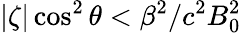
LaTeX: |\zeta|\cos^{2}\theta<\beta^{2}/c^{2}B_{0}^{2}